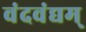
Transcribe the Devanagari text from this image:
वंदवंद्यम्